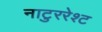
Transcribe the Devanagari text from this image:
नाटुररेश्ट